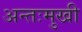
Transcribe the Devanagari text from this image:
अन्तःमुखी